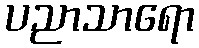
ပညာသာရော